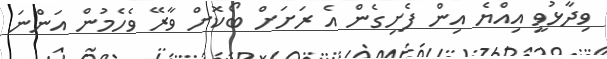
ވިދާޅުވީ އިއްޔެ އިން ފެށިގެން އެ ރަށަށް ބޯކޮށް ވާރޭ ވެހެމުން އަންނަ